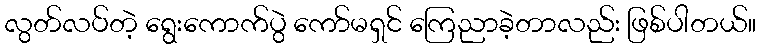
လွတ်လပ်တဲ့ ရွေးကောက်ပွဲ ကော်မရှင် ကြေညာခဲ့တာလည်း ဖြစ်ပါတယ်။